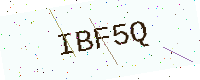
Text: IBF5Q